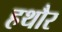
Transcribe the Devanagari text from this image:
हथौर